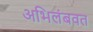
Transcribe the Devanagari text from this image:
अभिलंबवत